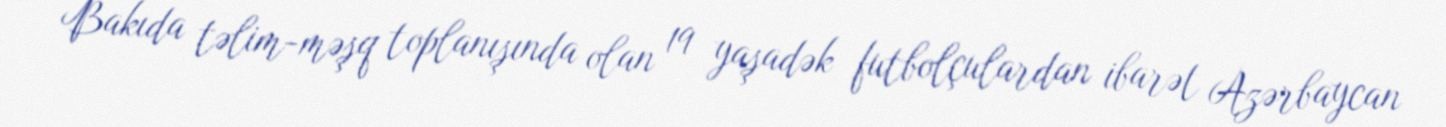
Bakıda təlim-məşq toplanışında olan 19 yaşadək futbolçulardan ibarət Azərbaycan